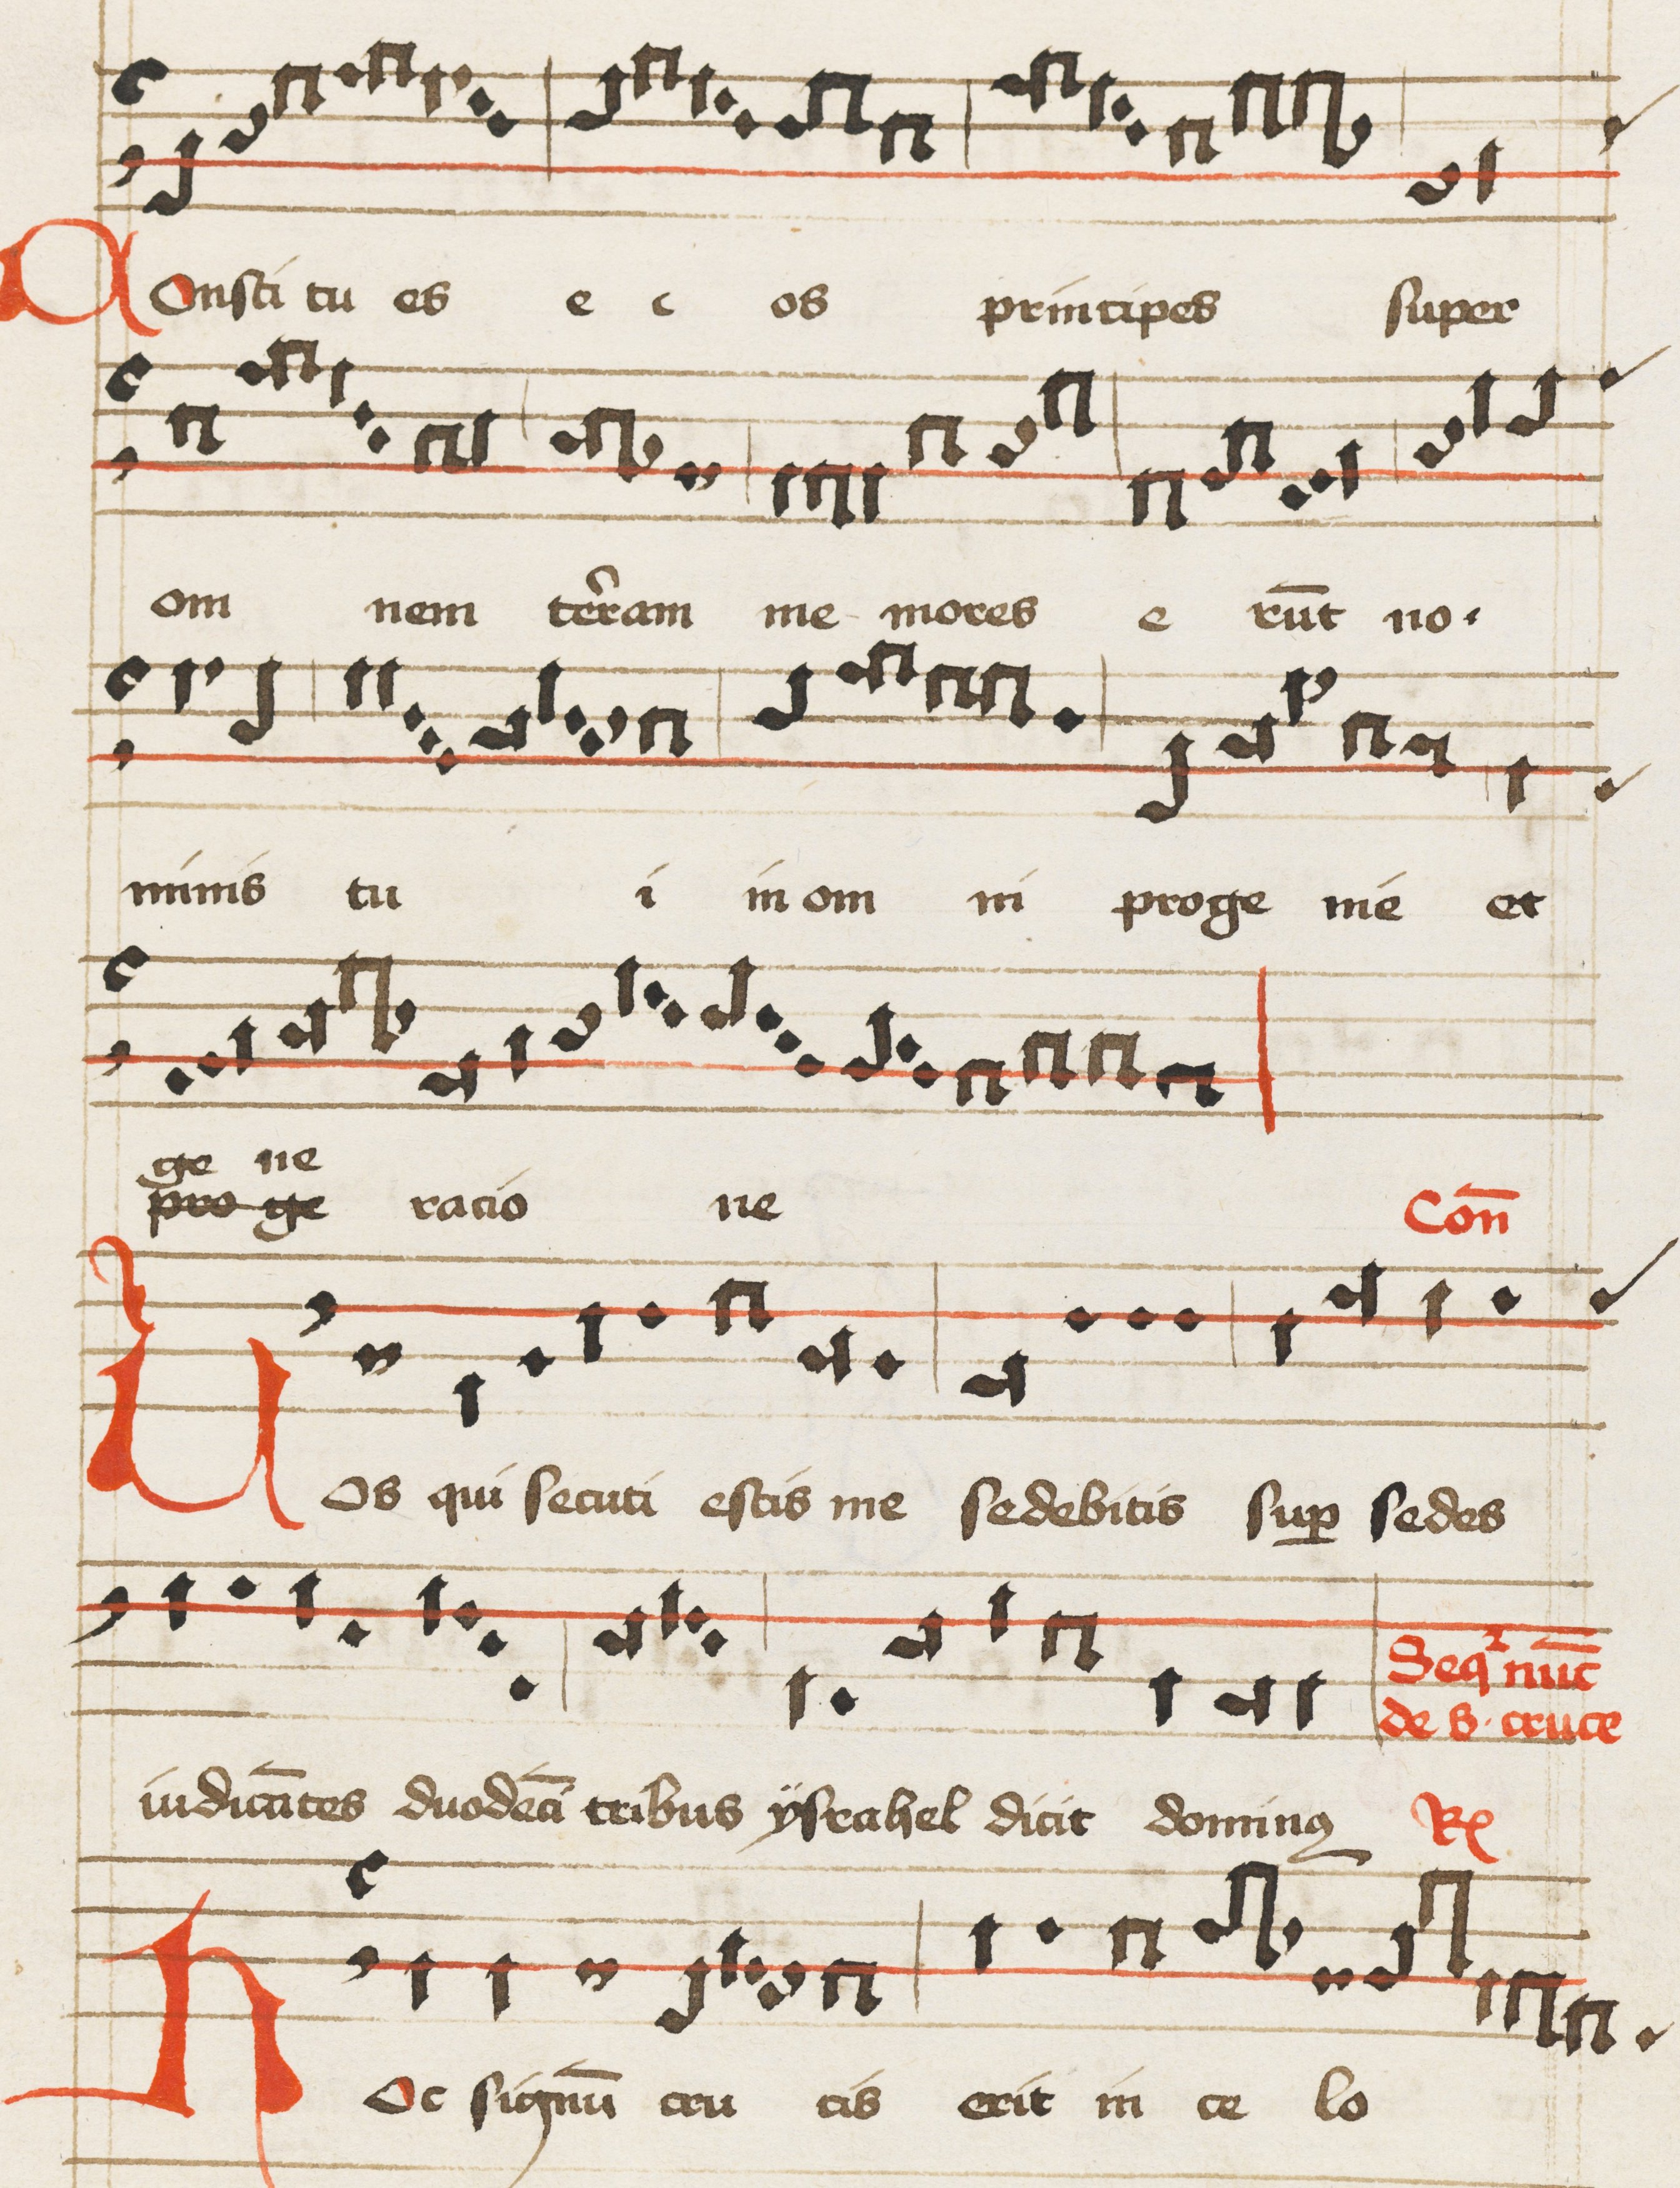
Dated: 1475–1499